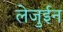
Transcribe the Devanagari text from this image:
लेजुईन